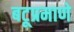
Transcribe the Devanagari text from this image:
बटूप्रमाणे